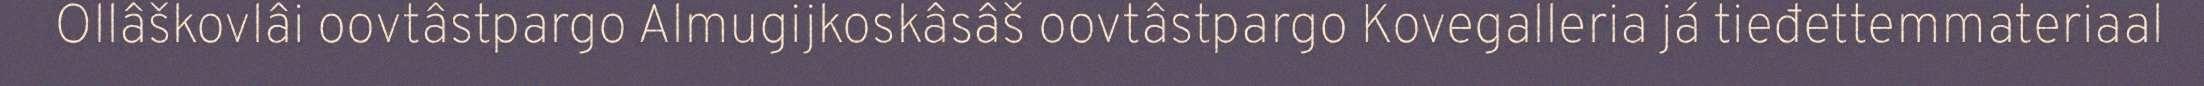
Ollâškovlâi oovtâstpargo Almugijkoskâsâš oovtâstpargo Kovegalleria já tieđettemmateriaal